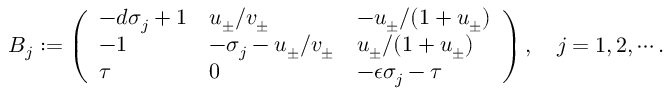
\begin{array} { r } { B _ { j } : = \left( \begin{array} { l l l } { - d \sigma _ { j } + 1 } & { u _ { \pm } / v _ { \pm } } & { - u _ { \pm } / ( 1 + u _ { \pm } ) } \\ { - 1 } & { - \sigma _ { j } - u _ { \pm } / v _ { \pm } } & { u _ { \pm } / ( 1 + u _ { \pm } ) } \\ { \tau } & { 0 } & { - { \epsilon } \sigma _ { j } - \tau } \end{array} \right) , \quad j = 1 , 2 , \cdots . } \end{array}